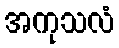
အကုသလံ